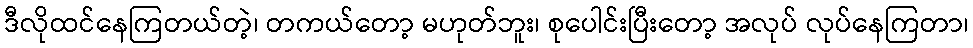
ဒီလိုထင်နေကြတယ်တဲ့၊ တကယ်တော့ မဟုတ်ဘူး၊ စုပေါင်းပြီးတော့ အလုပ် လုပ်နေကြတာ၊